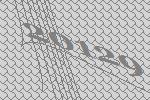
20129